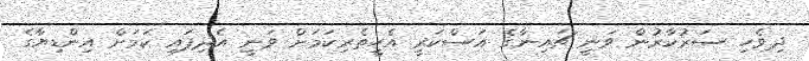
ދިވެހި ސަރުކާރުން ވަނީ ޗައިނާގެ އަސްކަރީ އެހީތެރިކަމަށް ވަނީ އެދިފައި ކަމަށް އިންޑިޔާގެ